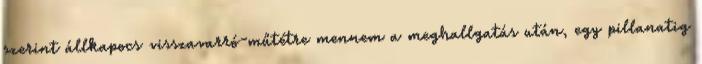
szerint állkapocs visszavarró-műtétre mennem a meghallgatás után, egy pillanatig